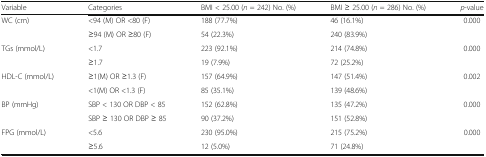
<table><thead><tr><td><b>Variable</b></td><td><b>Categories</b></td><td><b>BMI &lt; 25.00 (<i>n</i> = 242) No. (%)</b></td><td><b>BMI ≥ 25.00 (<i>n</i> = 286) No. (%)</b></td><td><b><i>p</i>-value</b></td></tr></thead><tbody><tr><td>WC (cm)</td><td>&lt;94 (M) OR &lt;80 (F)</td><td>188 (77.7%)</td><td>46 (16.1%)</td><td>0.000</td></tr><tr><td></td><td>≥94 (M) OR ≥80 (F)</td><td>54 (22.3%)</td><td>240 (83.9%)</td><td></td></tr><tr><td>TGs (mmol/L)</td><td>&lt;1.7</td><td>223 (92.1%)</td><td>214 (74.8%)</td><td>0.000</td></tr><tr><td></td><td>≥1.7</td><td>19 (7.9%)</td><td>72 (25.2%)</td><td></td></tr><tr><td>HDL-C (mmol/L)</td><td>≥1(M) OR ≥1.3 (F)</td><td>157 (64.9%)</td><td>147 (51.4%)</td><td>0.002</td></tr><tr><td></td><td>&lt;1(M) OR &lt;1.3 (F)</td><td>85 (35.1%)</td><td>139 (48.6%)</td><td></td></tr><tr><td>BP (mmHg)</td><td>SBP &lt; 130 OR DBP &lt; 85</td><td>152 (62.8%)</td><td>135 (47.2%)</td><td>0.000</td></tr><tr><td></td><td>SBP ≥ 130 OR DBP ≥ 85</td><td>90 (37.2%)</td><td>151 (52.8%)</td><td></td></tr><tr><td>FPG (mmol/L)</td><td>&lt;5.6</td><td>230 (95.0%)</td><td>215 (75.2%)</td><td>0.000</td></tr><tr><td></td><td>≥5.6</td><td>12 (5.0%)</td><td>71 (24.8%)</td><td></td></tr></tbody></table>